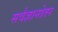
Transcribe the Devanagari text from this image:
सर्वज्ञानोतर